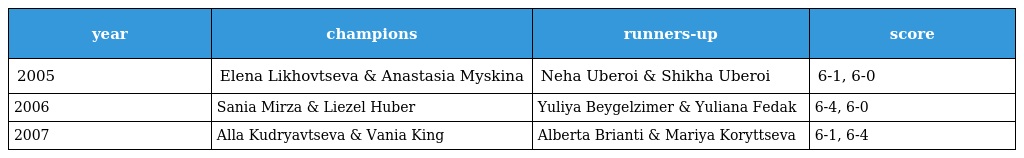
| year | champions | runners-up | score |
 | --- | --- | --- | --- |
 | 2005 | Elena Likhovtseva & Anastasia Myskina | Neha Uberoi & Shikha Uberoi | 6-1, 6-0 |
 | 2006 | Sania Mirza & Liezel Huber | Yuliya Beygelzimer & Yuliana Fedak | 6-4, 6-0 |
 | 2007 | Alla Kudryavtseva & Vania King | Alberta Brianti & Mariya Koryttseva | 6-1, 6-4 |